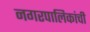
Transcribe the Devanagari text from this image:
नगरपालिकांची